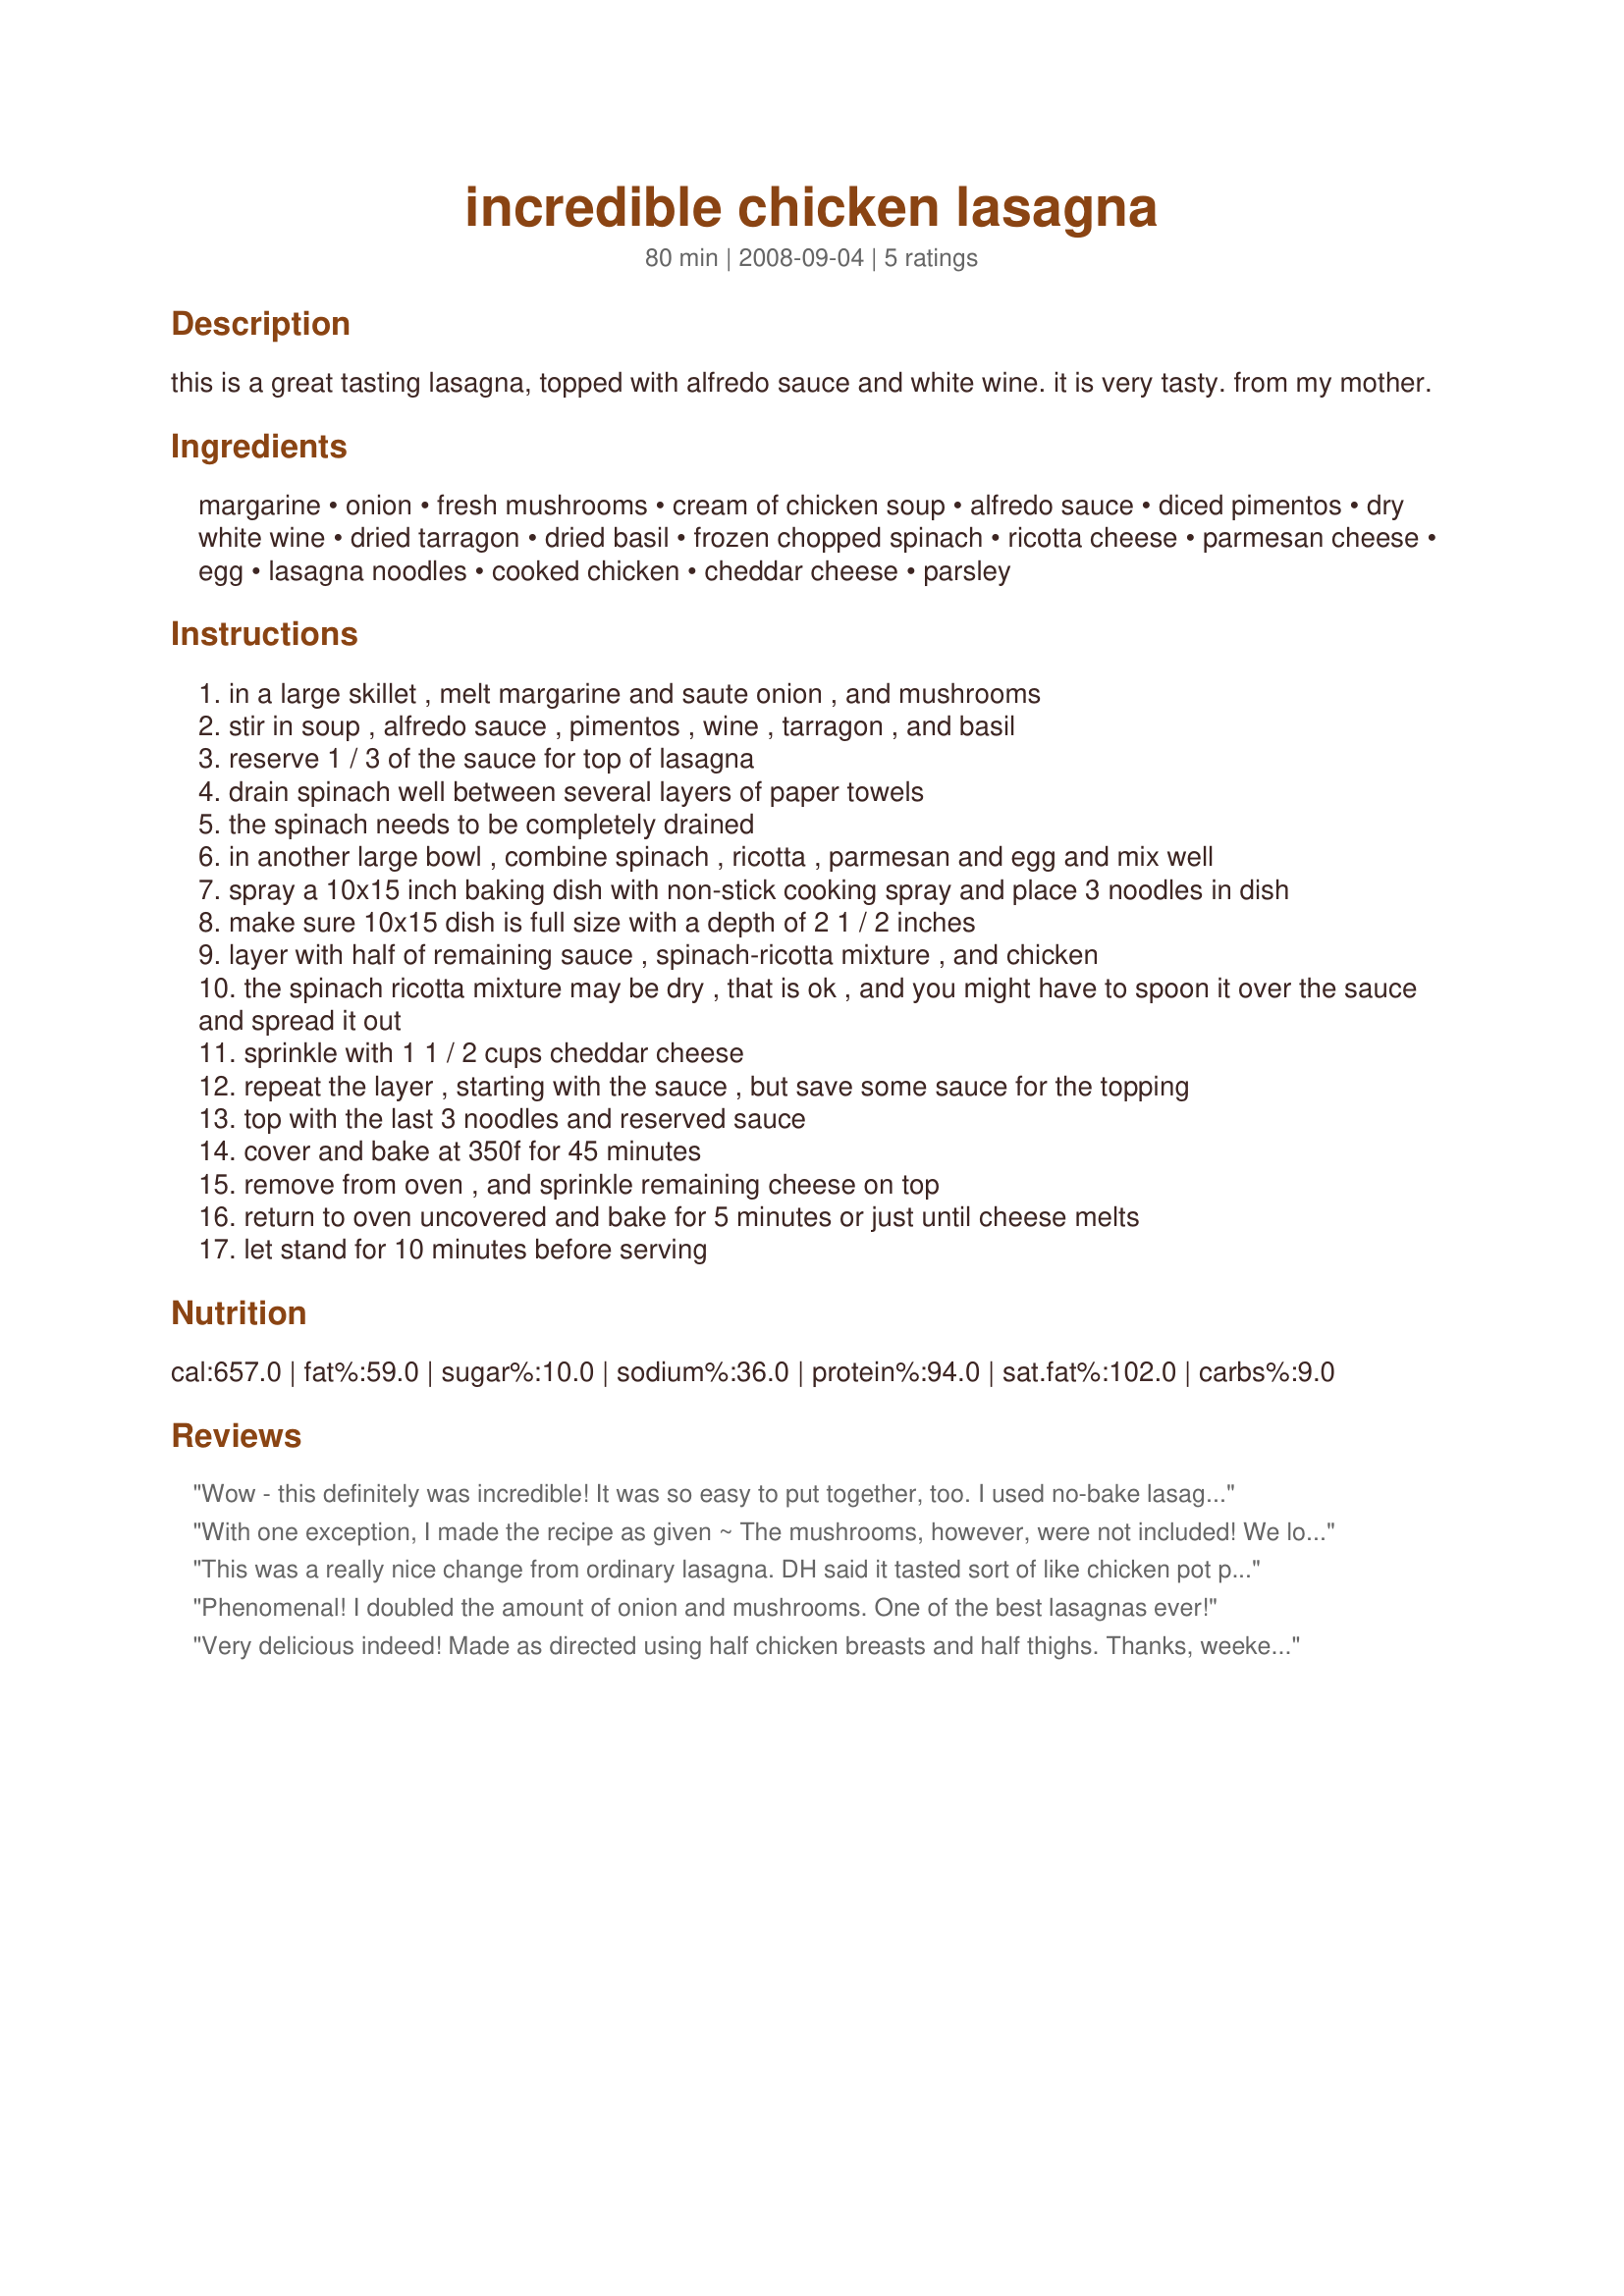
incredible chicken lasagna
Preparation time: 80 minutes

this is a great tasting lasagna, topped with alfredo sauce and white wine. it is very tasty. from my mother.

Ingredients:
margarine, onion, fresh mushrooms, cream of chicken soup, alfredo sauce, diced pimentos, dry white wine, dried tarragon, dried basil, frozen chopped spinach, ricotta cheese, parmesan cheese, egg, lasagna noodles, cooked chicken, cheddar cheese, parsley

Steps:
in a large skillet , melt margarine and saute onion , and mushrooms
stir in soup , alfredo sauce , pimentos , wine , tarragon , and basil
reserve 1 / 3 of the sauce for top of lasagna
drain spinach well between several layers of paper towels
the spinach needs to be completely drained
in another large bowl , combine spinach , ricotta , parmesan and egg and mix well
spray a 10x15 inch baking dish with non-stick cooking spray and place 3 noodles in dish
make sure 10x15 dish is full size with a depth of 2 1 / 2 inches
layer with half of remaining sauce , spinach-ricotta mixture , and chicken
the spinach ricotta mixture may be dry , that is ok , and you might have to spoon it over the sauce and spread it out
sprinkle with 1 1 / 2 cups cheddar cheese
repeat the layer , starting with the sauce , but save some sauce for the topping
top with the last 3 noodles and reserved sauce
cover and bake at 350f for 45 minutes
remove from oven , and sprinkle remaining cheese on top
return to oven uncovered and bake for 5 minutes or just until cheese melts
let stand for 10 minutes before serving

Reviews:
Wow - this definitely was incredible! It was so easy to put together, too. I used no-bake lasagna noodles, which really sped things up. I actually used only half the amount of chicken and diced it (because I just can't get the hang of shredding it) and only used a total of about 2 cups of cheddar cheese. However, it was definitely phenomenal, and I know I will have many requests to make this again. Thanks for posting this winner! Made for Please Review My Recipe Tag Game.
With one exception, I made the recipe as given ~ The mushrooms, however, were not included! We love lasagna & actually had this on the table for company! Satisfyingly enjoyed by all of us, it was! This is now in my keeper file for recipe! Thanks for sharing it! [Tagged & made in Please Review My Recipe]
This was a really nice change from ordinary lasagna. DH said it tasted sort of like chicken pot pie. I made this with 12 lasagna noodles for 3 layers of filling and it fit perfectly into my 9x13 pan. I omitted the mushrooms and for the pimento, I used a jar of Classico Alfredo with roasted red peppers. I added the chicken into the can soup/alfredo mix and it worked out wonderful. I use Mexican cheese for the topping. I would bake it for 1 hour next time, as it was not 'steaming hot' out of the oven. We really enjoyed the spinach and overall a great recipe but one thing we both agreed on was that it needed garlic. Thanks for sharing the recipe.
Phenomenal! I doubled the amount of onion and mushrooms. One of the best lasagnas ever!
Very delicious indeed! Made as directed using half chicken breasts and half thighs. Thanks, weekend cooker! Made for Best of 2009 tag game.
